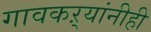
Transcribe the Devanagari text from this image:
गावकऱ्यांनीही